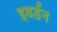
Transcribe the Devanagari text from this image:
इवर्डन